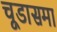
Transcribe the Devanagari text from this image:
चूडासमा